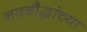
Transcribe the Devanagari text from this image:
नवबौद्धांच्या